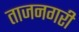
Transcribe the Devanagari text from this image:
ताजनगरी